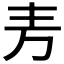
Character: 𫠤